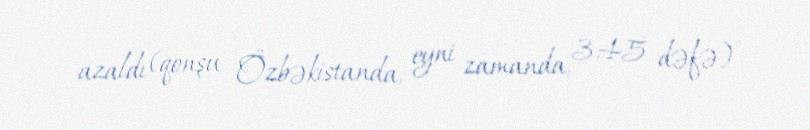
azaldı (qonşu Özbəkistanda, eyni zamanda, 3,45 dəfə) .